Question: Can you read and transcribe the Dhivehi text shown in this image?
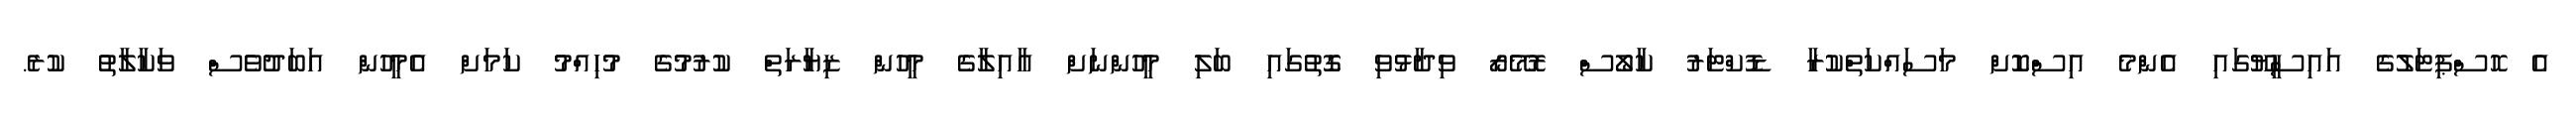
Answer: އެ ހޮސްޕިޓަލުގެ އައިސީޔޫގައި އެންމެ އިސްކޮށް މަސައްކަތްކުރާ ޑޮކްޓަރު ކާލޯސް ރޮމޭރޯ ވިދާޅުވި ގޮތުގައި ބަލި މީހުންނަށް އާއިލާގެ މީހުން ޒިޔާރަތް ކުރުމުގެ މުހިއްމު ކަމަށް އެމީހުން އަބަދުވެސް ވަކާލާތު ކުރެ.